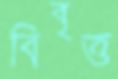
বিবৃত্ত